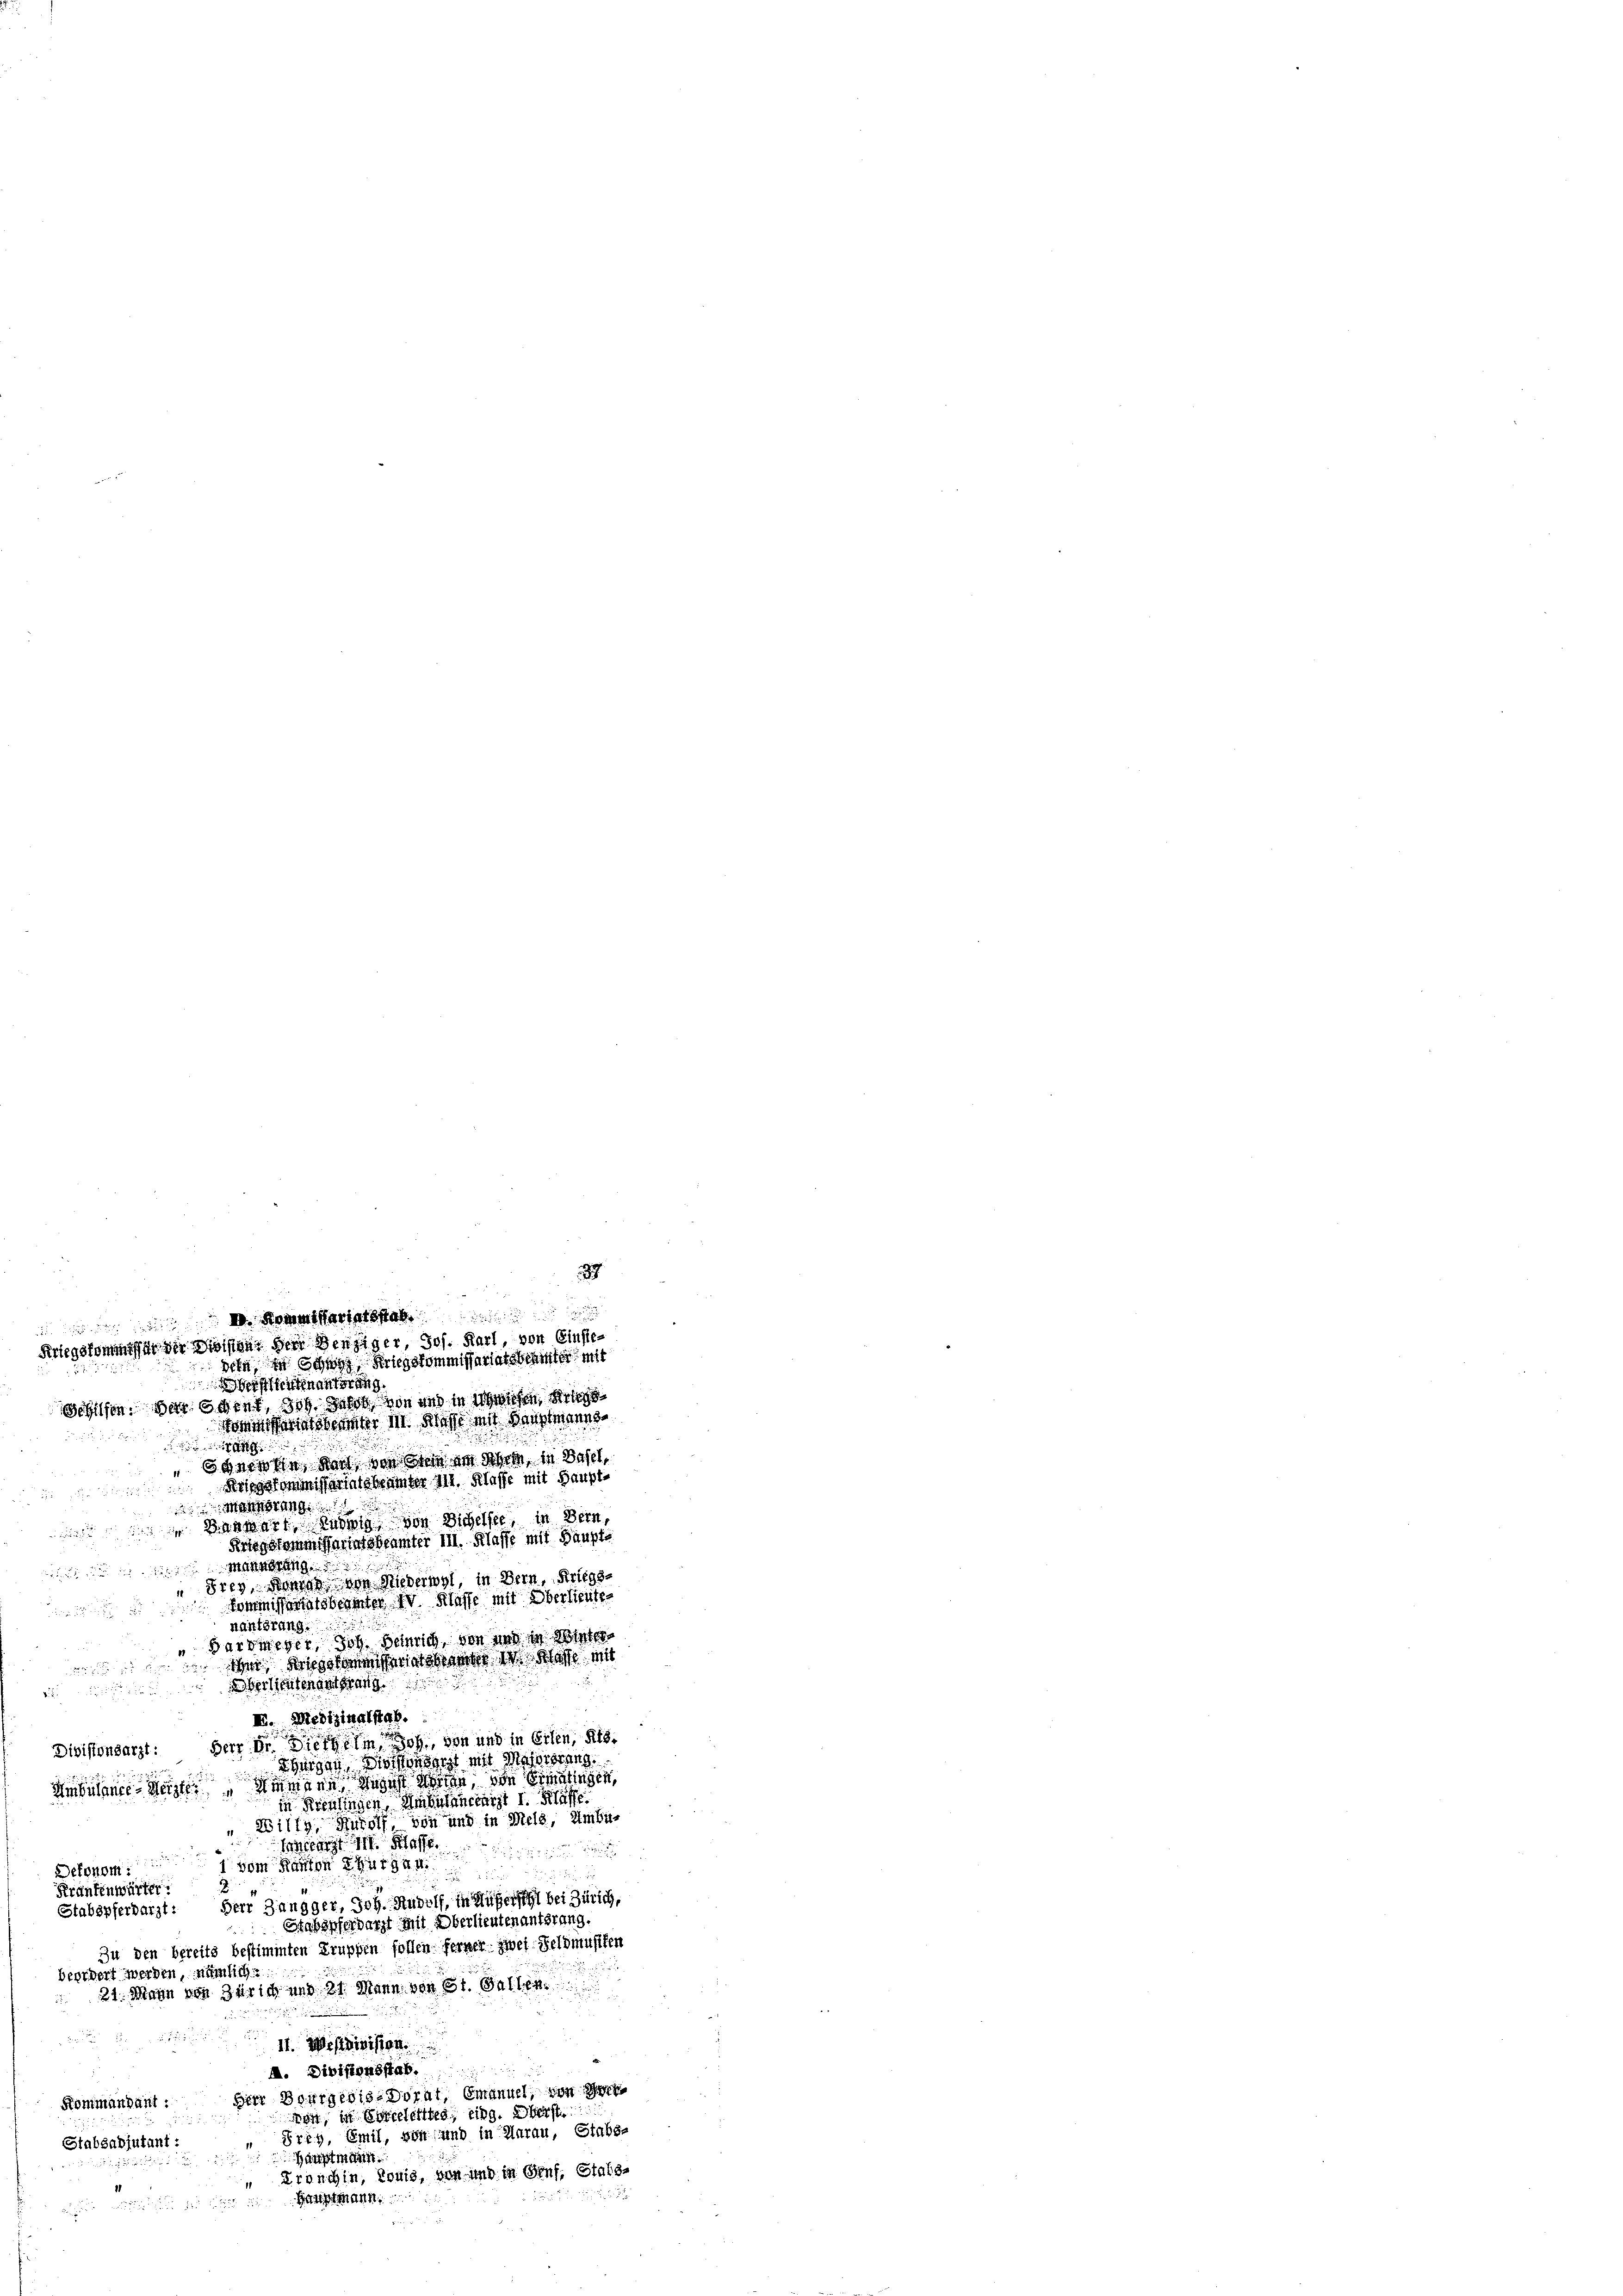
einanderung
Schilfen, der öfter, doch sehr von und in schehen der
iatenter M. Klasse mit Hauptmanns

5 geben, dann, von Stein an Schren, in Basel,
Kriegskommissariatsbeamter III. Klasse mit Haupt-
Mannsrang
Banwart Ludwig von Sichelsee, in Bern,
Kriegskommissariatsbeamter III. Klasse mit Haupts
mannerung
Frey, Mannes von Niederwyl, in Bern, Kriegs-
Commissenatsbeamter IV Klasse mit Oberlieuten
nantrang.
Hardmeyer, Joh. Heinrich, von und in Winter¬
Im Beschen war ich Schaffe mit
Gerlieutenantrang
II. Medizinalstab.
Divisionsarzt: Herr Dr. Dietheim, oh, von und in Erlen, als
Thurgau. Diesendet mit Massierung
Ambülance Seite Stimmene August Winten, von Ermatingen,
in Krentingen, Ambulandearzt I. Klasse
Willy, Rudolf, von und in Meld, Umbu-
Eneigt I. Klaffe.

Dekonom dem Kanton Zug 44
Krankenwärter.
Stabspferbarzt: Herr Zangger, Joh. Rudolf, in Außerste bei Zürich,
Stabspferdarzt mit Oberlieutenantsrang.
e
Zu den bereits bestimmten Gruppen sollen ferner zwei Feldmusten

beordert werden, nämlich
21. Mann von Zürich und 21. Mann, von 181. Gallen

e
II. Wessinisten
A. Divisionsstab.
Herr Bourgeois Dorat Emanuel, von de
Kommandant :
dos, in Vorgelettes, eing. Oberst
Frey, Emil, von und in darau, Stabs-
Stabsadjutant:
Hauptmanst
 Kronchin, Tonis, den und in Genf, Stabs¬
2
Hauptmann.

87
 Notariatsstab
Kriegskommer die Division der Binziger, Jos. Karl, von Einstedern in Schwyz, Kriegskommissariatsbeiter mit